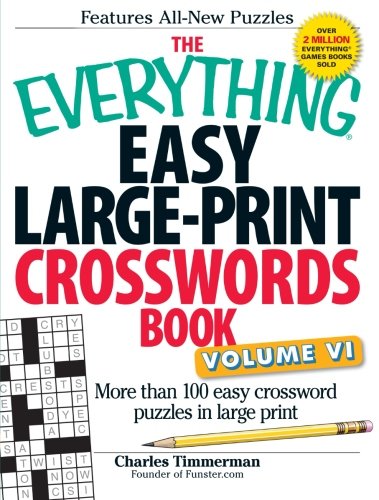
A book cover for The Everything Easy Large-Print Crosswords Book, Volume VI: More Than 100 Easy Crossword Puzzles in Large Print; Charles Timmerman; Humor & Entertainment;